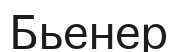
Бьенер